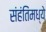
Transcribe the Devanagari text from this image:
संहंतिंमध्ये